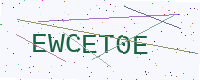
Text: EWCET0E